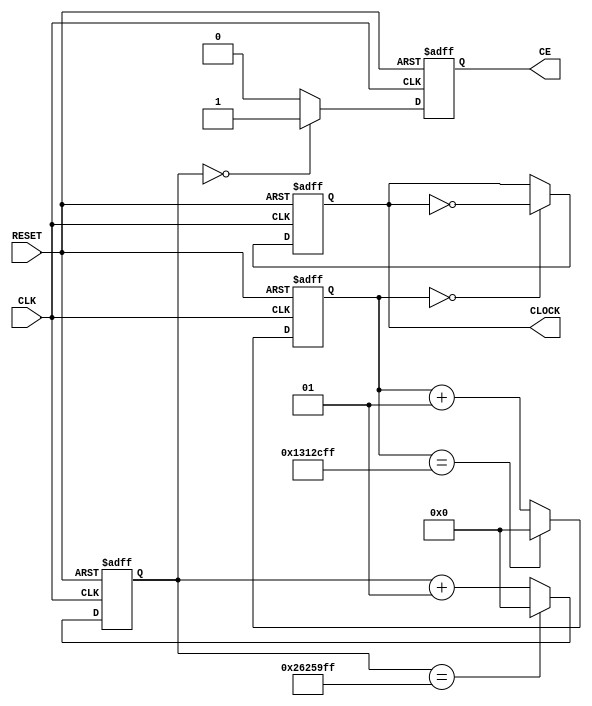
module clock_divider #(
    parameter DIVISOR = 40000000
) (
    input wire        CLK,
    input wire        RESET,
    output reg        CE, // for sequential logic driven by CLK
    output reg        CLOCK // only for combinatorial logic, does not waste bufg
);

integer counter_ce;
initial counter_ce = 0;
integer counter_clk;
initial counter_clk = 0;
initial CLOCK = 1'b0;
initial CE = 1'b0;

// clock enable
always @(posedge CLK or posedge RESET)
    begin
        if (RESET == 1'b1)
            begin
                CE <= 1'b0;
            end
        else
            begin
                if (counter_ce == 0)
                    begin
                        CE <= 1'b1;
                    end
                else
                    begin
                        CE <= 1'b0;
                    end
            end
    end

always @(posedge CLK or posedge RESET)
    begin
        if (RESET == 1'b1)
            begin
                counter_ce <= 0;
            end
        else
            begin
                if (counter_ce == (DIVISOR - 1))
                    counter_ce <= 0;
                else
                    counter_ce <= counter_ce + 1;
            end
    end

// clock
always @(posedge CLK or posedge RESET)
    begin
        if (RESET == 1'b1)
            begin
                CLOCK <= 1'b0;
            end
        else
            begin
                if (counter_clk == 0)
                    begin
                        CLOCK <= ~CLOCK;
                    end
                else
                    begin
                        CLOCK <= CLOCK;
                    end
            end
    end

always @(posedge CLK or posedge RESET)
    begin
        if (RESET == 1'b1)
            begin
                counter_clk <= 0;
            end
        else
            begin
                if (counter_clk == ((DIVISOR >> 1) - 1)) // DIVISOR/2
                    counter_clk <= 0;
                else
                    counter_clk <= counter_clk + 1;
            end
    end

endmodule